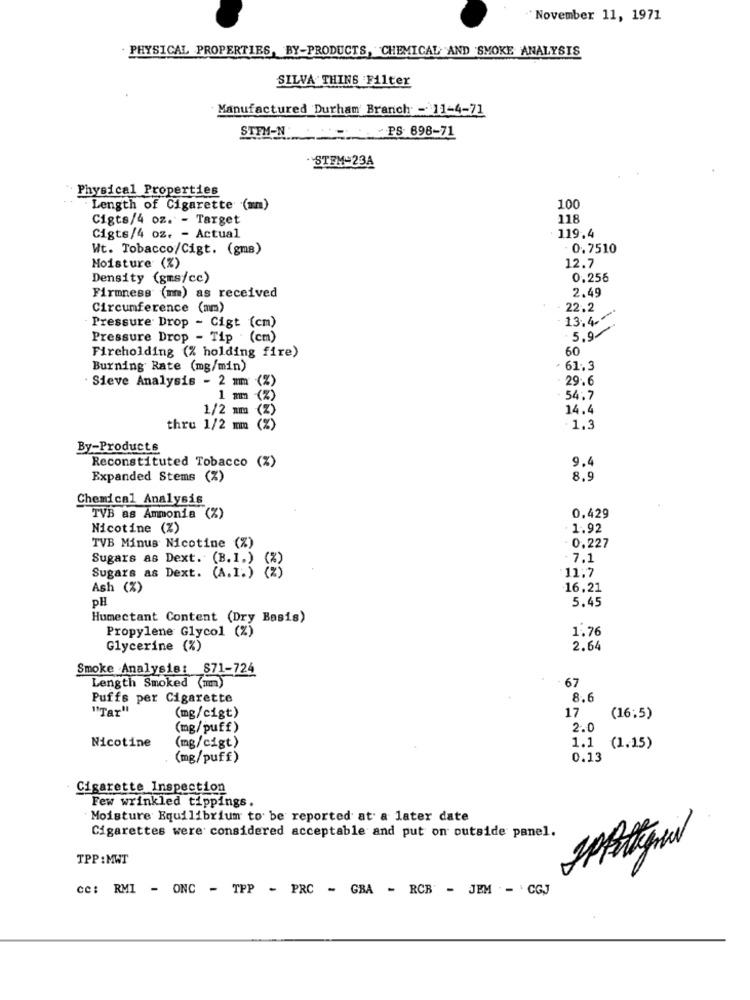
November 11, 1971
PHYSICAL PROPERTIES, BY-PRODUCTS, CHEMICAL AND SMOKE ANALYSIS
SILVA THING Filter
Manufactured Durham' Branch - 11-4-71
PS: 898-71
STEM-N
STEM-23A
Physical Properties
Length of Cigarette (mm)
100
Cigts/4 oz. - Target
118
Cigts/4 oz. - Actual
119.4
Wt. Tobacco/Cigt. (gms)
- 0.7510
Moisture (%)
12.7
Density (gms/cc)
0,256
2.49
Firmness (mm) as received
Circumference (mm)
22.2
13.4 .-
Pressure Drop - Cigt (cm)
5.9-
Pressure Drop - Tip . (cm)
Fireholding (% holding fire)
60
Burning Rate (mg/min)
. 61. 3
: Sieve Analysis - 2 mm (%)
29.6
1 mm
(Z)
54.7
1/2 xm
(z)
14.4
thru 1/2 mm
(%)
1.3
By-Products
Reconstituted Tobacco (%)
9.4
Expanded Stems (%)
8.9
Chemical Analysis
0.429
TVB as Ammonia (%)
Nicotine (%)
1.92
TVB Minus Nicotine (%)
0.227
Sugars as Dext. (B.I.)
7.1
Sugars as Dext. (A.I.)
11:7
Ash (%)
16.21
PH
5.45
Humectant Content (Dry Basis)
Propylene Glycol (%)
1.76
Glycerine (%)
2.64
Smoke Analysis: 871-724
Length Smoked (mm)
67
Puffs per Cigarette
8.6
"Tar"
17
(mg/cigt)
(16:5)
(mg/puff)
2.0
1.1
Nicotine
(mg/cigt)
(1.15)
(mg/puff)
0.13
Cigarette Inspection
Few wrinkled tippings.
Moisture Equilibrium to be reported at a later date
Cigarettes were considered acceptable and put on outside panel.
TPP:MWT
cc: RMI - ONC - TPP - PRC - GBA - RCB - JEM - CGJ